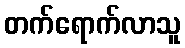
တက်ရောက်လာသူ